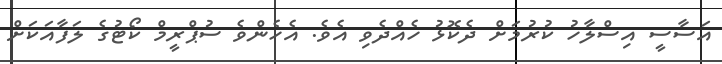
އަސާސީ އިސްލާހު ކުރުމަށް ދެކޮޅު ހެއްދެވި އެވެ. އެހެންވެ ސުޕްރީމް ކޯޓުގެ ލަފާއަކަށް